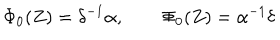
\Phi _ { 0 } ( Z ) = \delta ^ { - 1 } \alpha , \qquad \Phi _ { 0 } ( Z ) = \alpha ^ { - 1 } \delta